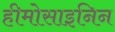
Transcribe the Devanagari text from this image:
हीमोसाइनिन